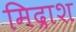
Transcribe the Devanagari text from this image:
मिद्राश